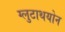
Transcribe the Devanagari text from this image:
ग्लुटाथयोन